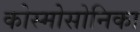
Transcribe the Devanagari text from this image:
कोस्मोसोनिका